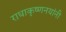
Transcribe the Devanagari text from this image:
राधाकृष्णनयांनी